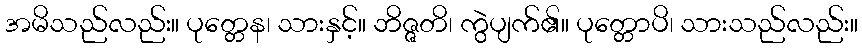
အမိသည်လည်း။ ပုတ္တေန၊ သားနှင့်။ ဘိဇ္ဇတိ၊ ကွဲပျက်၏။ ပုတ္တောပိ၊ သားသည်လည်း။